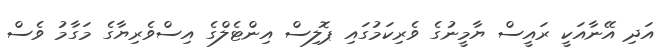
އަދި އޭނާއަކީ ރައީސް ޔާމީނުގެ ވެރިކަމުގައި ޕޮލިސް އިންޓެލްގެ އިސްވެރިޔާގެ މަގާމު ވެސް